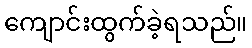
ကျောင်းထွက်ခဲ့ရသည်။